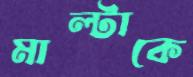
মাল্টাকে